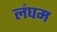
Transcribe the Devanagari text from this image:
लंघम